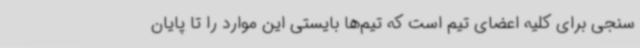
سنجی برای کلیه اعضای تیم است که تیم‌ها بایستی این موارد را تا پایان